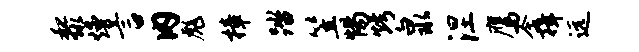
黎熳言内彪樟踏笠惕烤泉涅鹰含揖远